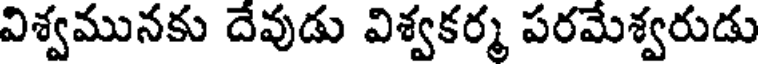
విశ్వమునకు దేవుడు విశ్వకర్మ పరమేశ్వరుడు